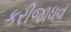
કરીજાધવ